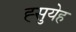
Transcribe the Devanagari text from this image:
ह्सुयेह